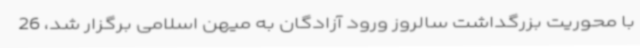
با محوریت بزرگداشت سالروز ورود آزادگان به میهن اسلامی برگزار شد، 26